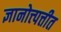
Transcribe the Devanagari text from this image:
ज्ञानोत्त्पत्तीत